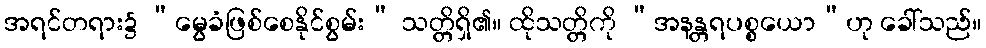
အရင်တရား၌ “မွေခံဖြစ်စေနိုင်စွမ်း” သတ္တိရှိ၏။ ထိုသတ္တိကို “အနန္တရပစ္စယော”ဟု ခေါ်သည်။